Leaving Certificate Examination, 1921
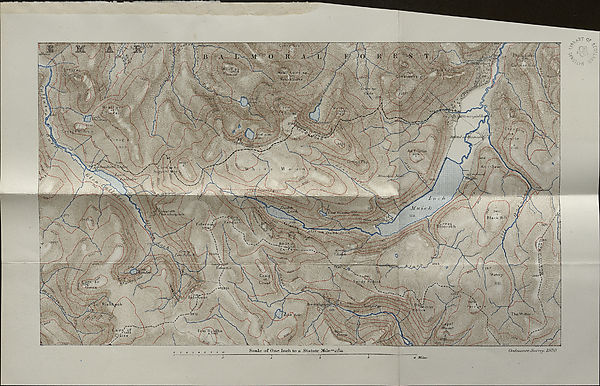
apsiif^T^
•.'oiV
fenai^
\lJl -TUI -tjiuhli.'firii'h:
", (run
HSBT
Sjjfttal nrjiUU
2IOO;;
2323
Mbneipif-
rs;-:'
TUfphSnPiftrr
2091
liS
BKOAD\
C A I R N *7
Fafeirriie
VVaterv
Craig
. of
Cow#F
The Witter
•2972
/C.iTpt?:
'/Mount
■ ''Si.
:^rp J4 s
Cl a 1 3 e
6.V.Y 0?
<(
flYl <